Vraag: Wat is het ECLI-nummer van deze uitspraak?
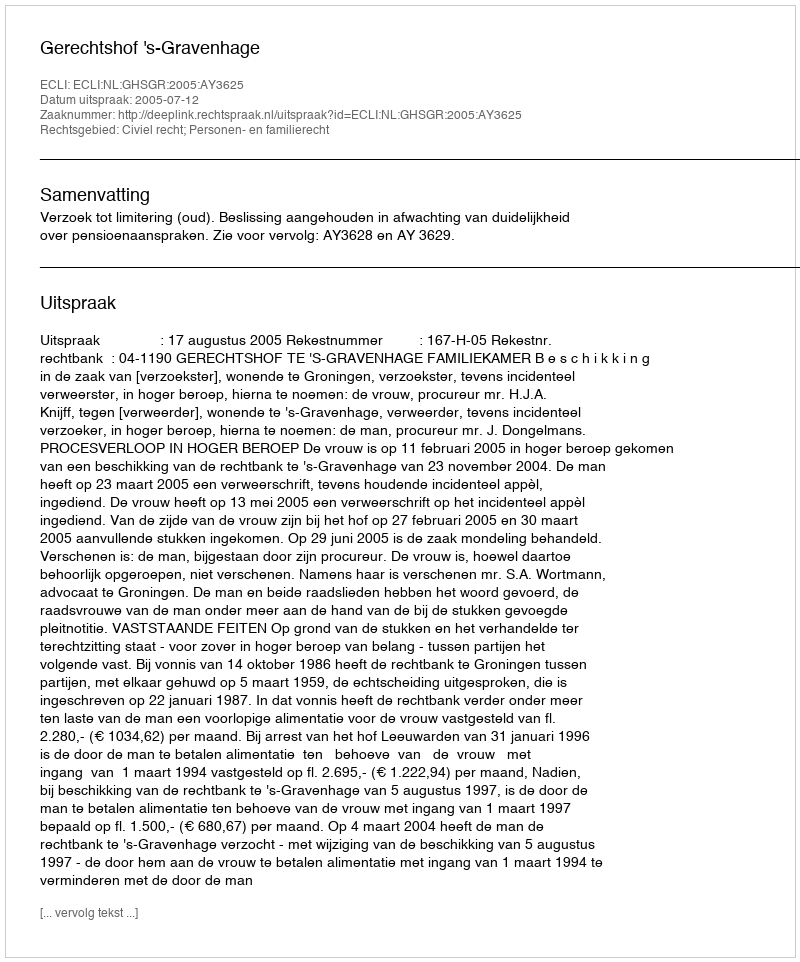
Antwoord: ECLI:NL:GHSGR:2005:AY3625